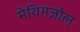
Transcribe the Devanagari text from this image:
मेथिमज़ोल